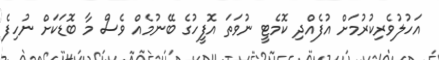
އަހުލުވެރިކުރުމަށް އުފެއްދި ކޮމެޓީ ނުވަތަ އޮފީހުގެ ބޭނުމެއް ވެސް މާ ބޮޑަކަށް ނުހިފެ